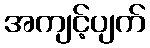
အကျင့်ပျက်